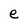
Character: e